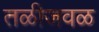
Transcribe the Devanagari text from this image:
तळीजवळ